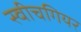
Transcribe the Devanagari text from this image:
स्वीचगियर